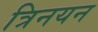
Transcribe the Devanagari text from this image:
त्रिनयन